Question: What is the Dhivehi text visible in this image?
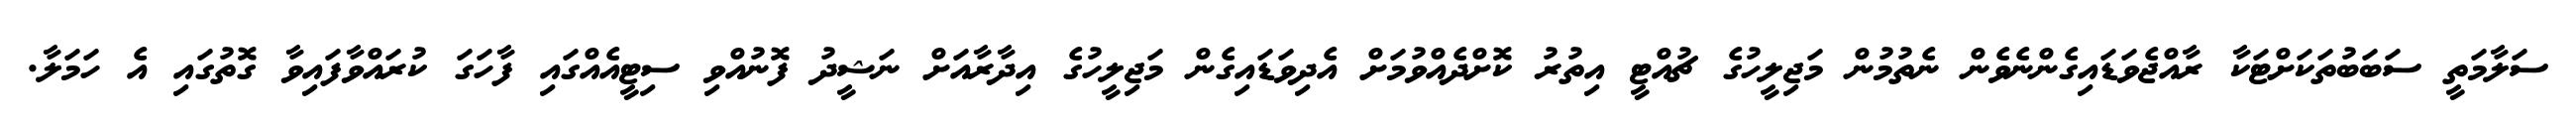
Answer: ސަލާމަތީ ސަބަބުތަކަށްޓަކާ ރާއްޖެވަޑައިގެންނެވެން ނެތުމުން މަޖިލީހުގެ ޗުއްޓީ އިތުރު ކޮށްދެއްވުމަށް އެދިވަޑައިގެން މަޖިލީހުގެ އިދާރާއަށް ނަޝީދު ފޮނުއްވި ސިޓީއެއްގައި ފާހަގަ ކުރައްވާފައިވާ ގޮތުގައި އެ ހަމަލާ.